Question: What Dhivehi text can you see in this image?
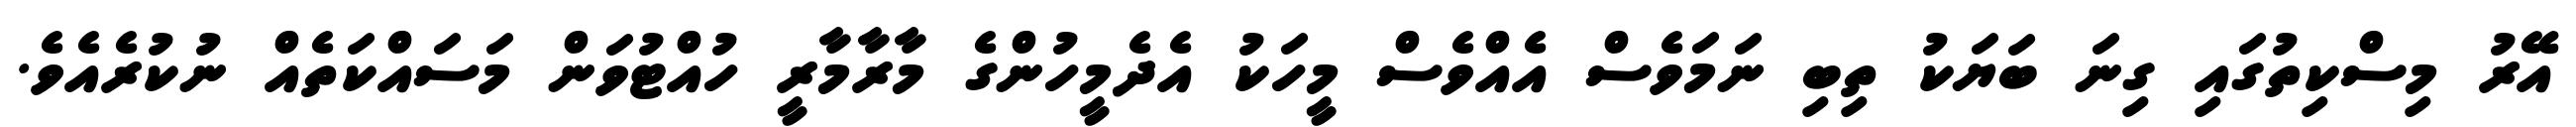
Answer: އޭރު މިސްކިތުގައި ގިނަ ބަޔަކު ތިބި ނަމަވެސް އެއްވެސް މީހަކު އެދެމީހުންގެ މާރާމާރީ ހުއްޓުވަން މަސައްކަތެއް ނުކުރެއެވެ.